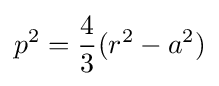
p^{2}={\frac {4}{3}}(r^{2}-a^{2})